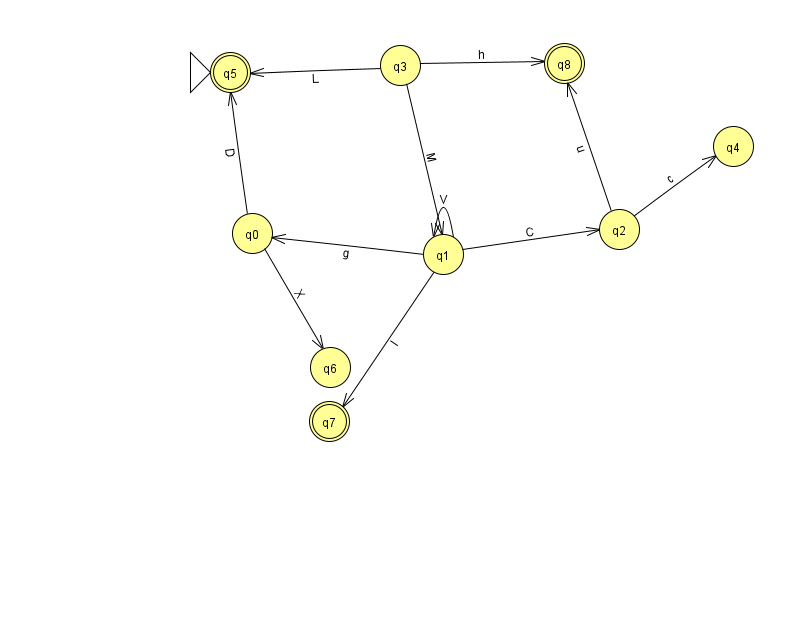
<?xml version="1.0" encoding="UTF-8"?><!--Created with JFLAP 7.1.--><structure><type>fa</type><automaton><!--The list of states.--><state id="0" name="q0"><x>252.0</x><y>220.0</y></state><state id="1" name="q1"><x>443.0</x><y>241.0</y></state><state id="2" name="q2"><x>619.0</x><y>216.0</y></state><state id="3" name="q3"><x>400.0</x><y>52.0</y></state><state id="4" name="q4"><x>733.0</x><y>133.0</y></state><state id="5" name="q5"><x>230.0</x><y>59.0</y><initial/><final/></state><state id="6" name="q6"><x>330.0</x><y>354.0</y></state><state id="7" name="q7"><x>329.0</x><y>408.0</y><final/></state><state id="8" name="q8"><x>564.0</x><y>50.0</y><final/></state><!--The list of transitions.--><transition><from>2</from><to>8</to><read>u</read></transition><transition><from>3</from><to>5</to><read>L</read></transition><transition><from>3</from><to>8</to><read>h</read></transition><transition><from>2</from><to>4</to><read>c</read></transition><transition><from>0</from><to>6</to><read>X</read></transition><transition><from>1</from><to>1</to><read>V</read></transition><transition><from>1</from><to>2</to><read>C</read></transition><transition><from>3</from><to>1</to><read>M</read></transition><transition><from>0</from><to>5</to><read>D</read></transition><transition><from>1</from><to>7</to><read>l</read></transition><transition><from>1</from><to>0</to><read>g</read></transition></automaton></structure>